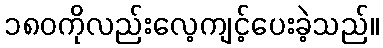
၁၈၀ကိုလည်းလေ့ကျင့်ပေးခဲ့သည်။